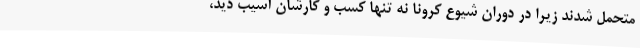
متحمل شدند زیرا در دوران شیوع کرونا نه تنها کسب و کارشان آسیب دید،